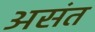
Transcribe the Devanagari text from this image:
असंत